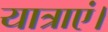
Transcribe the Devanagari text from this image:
यात्राएं।